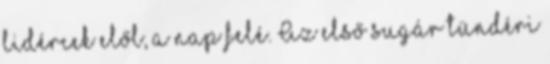
lidércek elől, a nap felé. Az első sugár tündéri